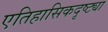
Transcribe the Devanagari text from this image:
एतिहासिकदृष्ट्या